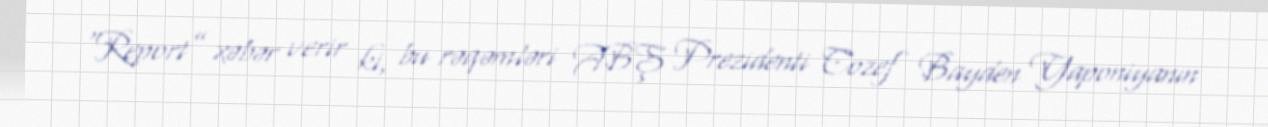
“Report” xəbər verir ki, bu rəqəmləri ABŞ Prezidenti Cozef Bayden Yaponiyanın